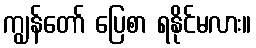
ကျွန်တော် ပြေစာ ရနိုင်မလား။